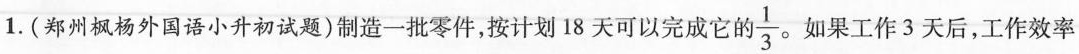
1.(郑州枫杨外国语小升初试题)制造一批零件，按计划18天可以完成它的 $$\frac{1}{3}$$ 。如果工作3天后，工作效率